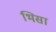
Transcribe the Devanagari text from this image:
भिसा